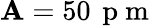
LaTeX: \mathbf{A}=50\, \mathrm{{~p~m~}}